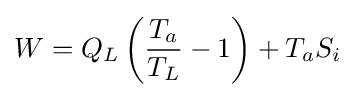
W=Q_{L}\left({\frac {T_{a}}{T_{L}}}-1\right)+T_{a}S_{i}